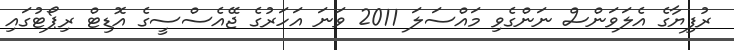
ރުފިޔާގެ އެލަވަންސް ނަންގެވި މައްސަލަ 2011 ވަނަ އަހަރުގެ ޖޭއެސްސީގެ އޮޑިޓް ރިޕޯޓުގައި